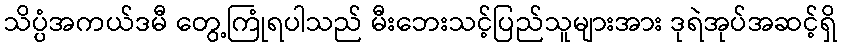
သိပ္ပံအကယ်ဒမီ တွေ့ကြုံရပါသည် မီးဘေးသင့်ပြည်သူများအား ဒုရဲအုပ်အဆင့်ရှိ